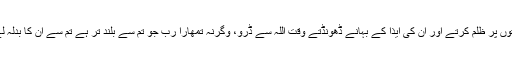
پس عورتوں پر ظلم کرتے اور ان کی ایذا کے بہانے ڈھونڈتے وقت اللہ سے ڈرو، وگرنہ تمھارا رب جو تم سے بلند تر ہے تم سے ان کا بدلہ لے لے گا۔